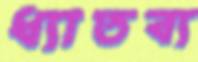
ধ্যাতব্য